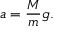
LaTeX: a = { \frac { M } { m } } g .